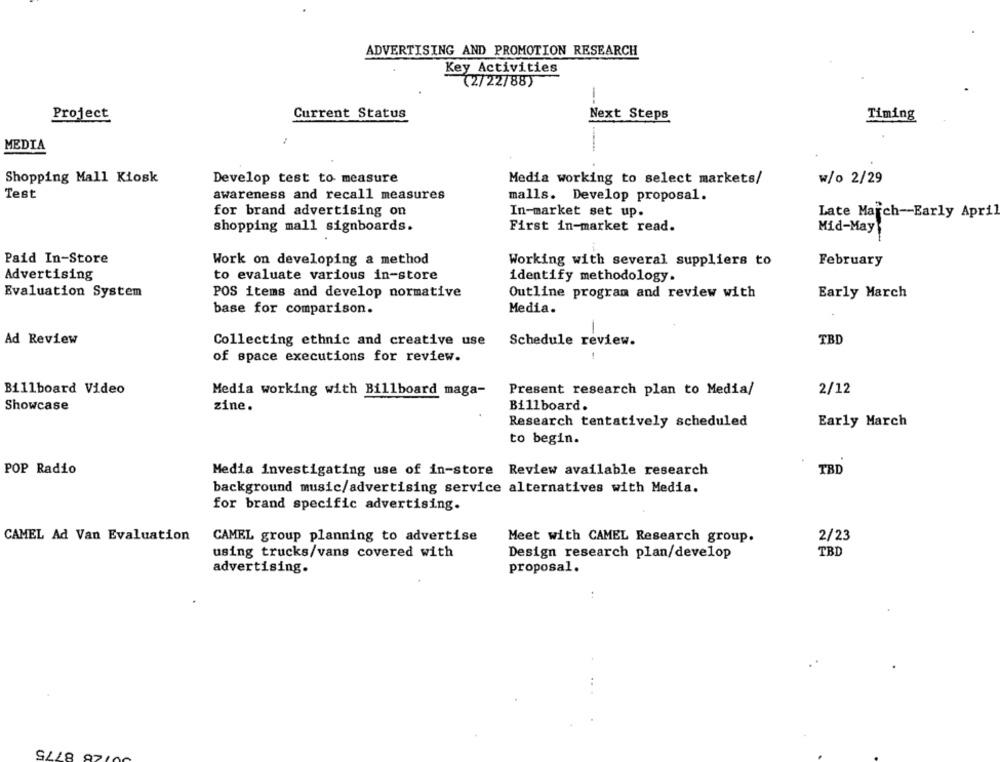
ADVERTISING AND PROMOTION RESEARCH
Key Activities
(2/22/88)
-
Project
Current Status
Next Steps
Timing
MEDIA
Shopping Mall Kiosk
Develop test to measure
Media working to select markets/
w/o 2/29
Test
awareness and recall measures
malls. Develop proposal.
for brand advertising on
In-market set up.
Late March -- Early April
shopping mall signboards.
First in-market read.
Mid-May
Paid In-Store
Work on developing a method
Working with several suppliers to
February
Advertising
to evaluate various in-store
identify methodology.
Evaluation System
POS items and develop normative
Outline program and review with
Early March
base for comparison.
Media.
Ad Review
Collecting ethnic and creative use
Schedule review.
TBD
of space executions for review.
Billboard Video
Media working with Billboard maga-
Present research plan to Media/
2/12
Showcase
zine.
Billboard.
Research tentatively scheduled
Early March
to begin.
POP Radio
Media investigating use of in-store Review available research
TBD
background music/advertising service alternatives with Media.
for brand specific advertising.
CAMEL Ad Van Evaluation
CAMEL group planning to advertise
Meet with CAMEL Research group.
2/23
using trucks/vans covered with
Design research plan/develop
TBD
advertising.
proposal.
28 8775